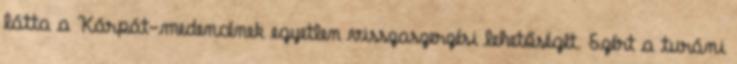
látta a Kárpát-medencének egyetlen visszaszerzési lehetőségét. Ezért a turáni